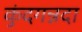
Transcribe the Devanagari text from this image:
कुंदगन्नदा